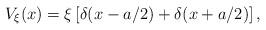
LaTeX: \begin{align*}V_\xi(x) = \xi\left[ \delta(x-a/2)+\delta(x+a/2)\right],\end{align*}